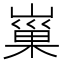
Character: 𡻝